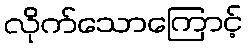
လိုက်သောကြောင့်